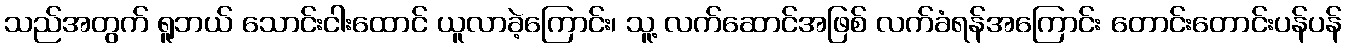
သည်အတွက် ရူဘယ် သောင်းငါးထောင် ယူလာခဲ့ကြောင်း၊ သူ့ လက်ဆောင်အဖြစ် လက်ခံရန်အကြောင်း တောင်းတောင်းပန်ပန်